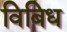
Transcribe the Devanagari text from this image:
विबिध